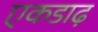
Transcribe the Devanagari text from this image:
एकडाढ़